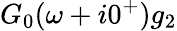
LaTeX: G_{0}(\omega+i0^{+})g_{2}